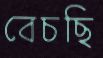
বেচছি